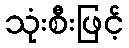
သုံးစီးဖြင့်